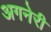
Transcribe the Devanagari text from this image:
अगनेरी